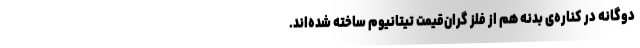
دوگانه در کناره‌ی بدنه هم از فلز گران‌قیمت تیتانیوم ساخته شده‌اند.